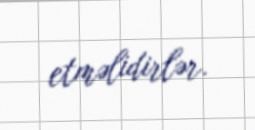
etməlidirlər.